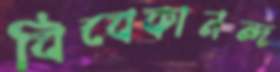
বিবেকানন্দ